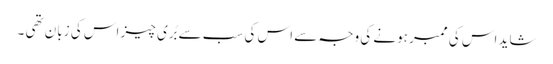
شاید اس کی ممبر ہونے کی وجہ سے اس کی سب سے بُری چیز اس کی زبان تھی ۔